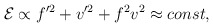
\begin{align*}{\cal E} \propto f'^2 + v'^2 + f^2v^2 \approx const,\end{align*}